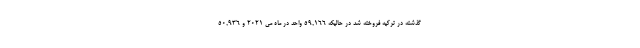
گذشته در ترکیه فروخته شد در حالیکه ۵۹,۱۶۶ واحد در ماه می ۲۰۲۱ و ۵۰,۹۳۶